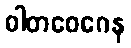
ဝါတဝေဂေန